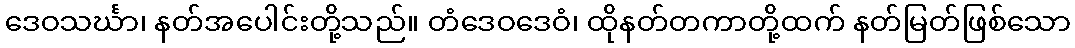
ဒေဝသင်္ဃာ၊ နတ်အပေါင်းတို့သည်။ တံဒေဝဒေဝံ၊ ထိုနတ်တကာတို့ထက် နတ်မြတ်ဖြစ်သော